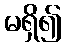
မရှိ၍